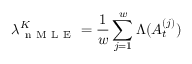
\lambda _ { \mathrm { ~ n ~ M ~ L ~ E ~ } } ^ { K } = \frac { 1 } { w } \sum _ { j = 1 } ^ { w } \Lambda ( A _ { t } ^ { ( j ) } )